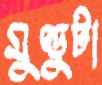
মুণ্ডুটা